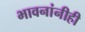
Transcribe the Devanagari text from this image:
भावनांनीही